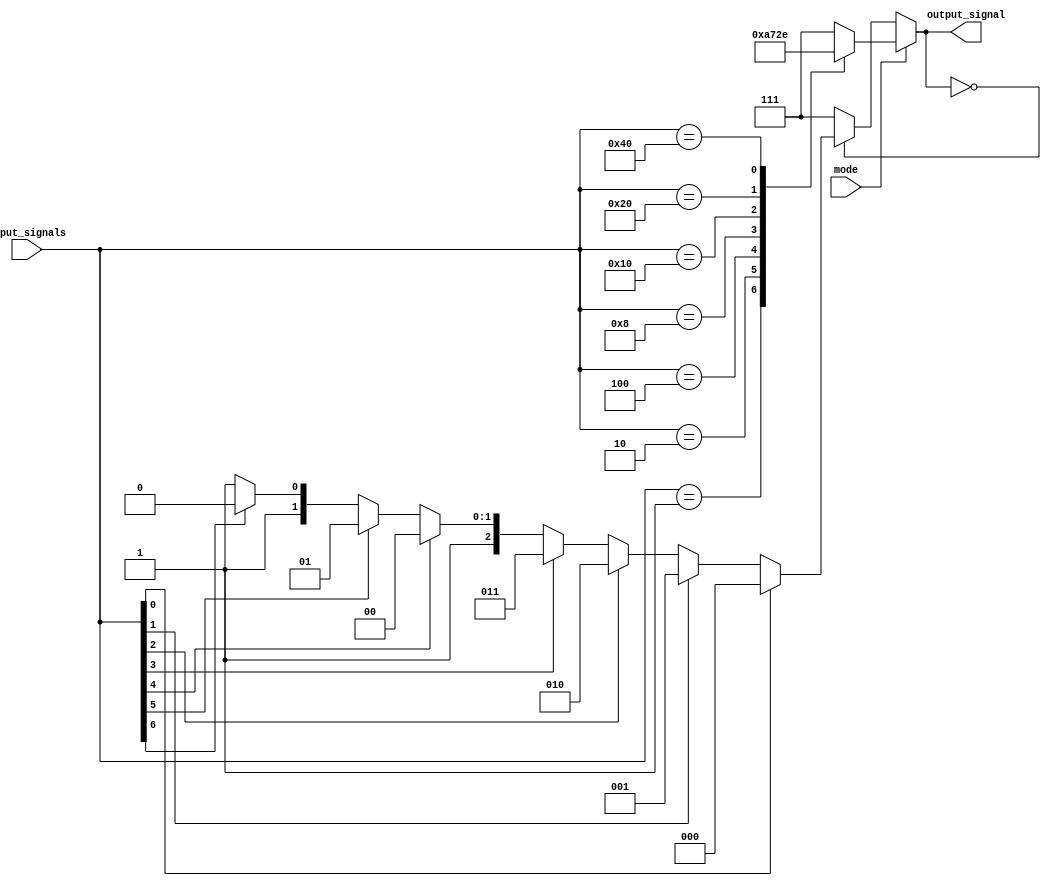
module PriorityEncoderDecoder(
    input [7:0] input_signals,
    input mode,
    output reg [2:0] output_signal
);

always @ (*) begin
    if(mode == 1) begin
        // Priority encoding mode
        case(input_signals)
            8'b00000001: output_signal = 3'b000;
            8'b00000010: output_signal = 3'b001;
            8'b00000100: output_signal = 3'b010;
            8'b00001000: output_signal = 3'b011;
            8'b00010000: output_signal = 3'b100;
            8'b00100000: output_signal = 3'b101;
            8'b01000000: output_signal = 3'b110;
            8'b10000000: output_signal = 3'b111;
            default: output_signal = 3'b111; // All inputs inactive
        endcase
    end else begin
        // Decoding mode
        case(output_signal)
            3'b000: output_signal = input_signals[0] ? 3'b000 : 
                                   input_signals[1] ? 3'b001 :
                                   input_signals[2] ? 3'b010 :
                                   input_signals[3] ? 3'b011 :
                                   input_signals[4] ? 3'b100 :
                                   input_signals[5] ? 3'b101 :
                                   input_signals[6] ? 3'b110 :
                                   input_signals[7] ? 3'b111 : 3'b111; // All inputs inactive
            default: output_signal = 3'b111;
        endcase
    end
end

endmodule